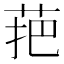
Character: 𱽩